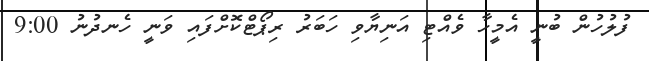
ފުލުހުން ބުނީ އެމީހާ ވެއްޓި އަނިޔާވި ހަބަރު ރިޕޯޓްކޮށްފައި ވަނީ ހެނދުނު 9:00